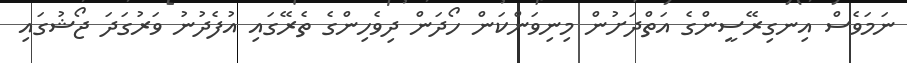
ނަމަވެސް އިނގިރޭސީންގެ އަތްދަށުން މިނިވަންކަން ހޯދަން ދިވެހިންގެ ތެރޭގައި އުފެދުނު ވަރުގަދަ ޖޯޝުގައި